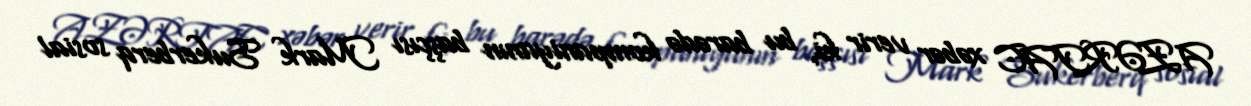
AZƏRTAC xəbər verir ki, bu barədə kompaniyanın başçısı Mark Sukerberq sosial